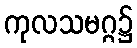
ကုလသမဂ္ဂ၌